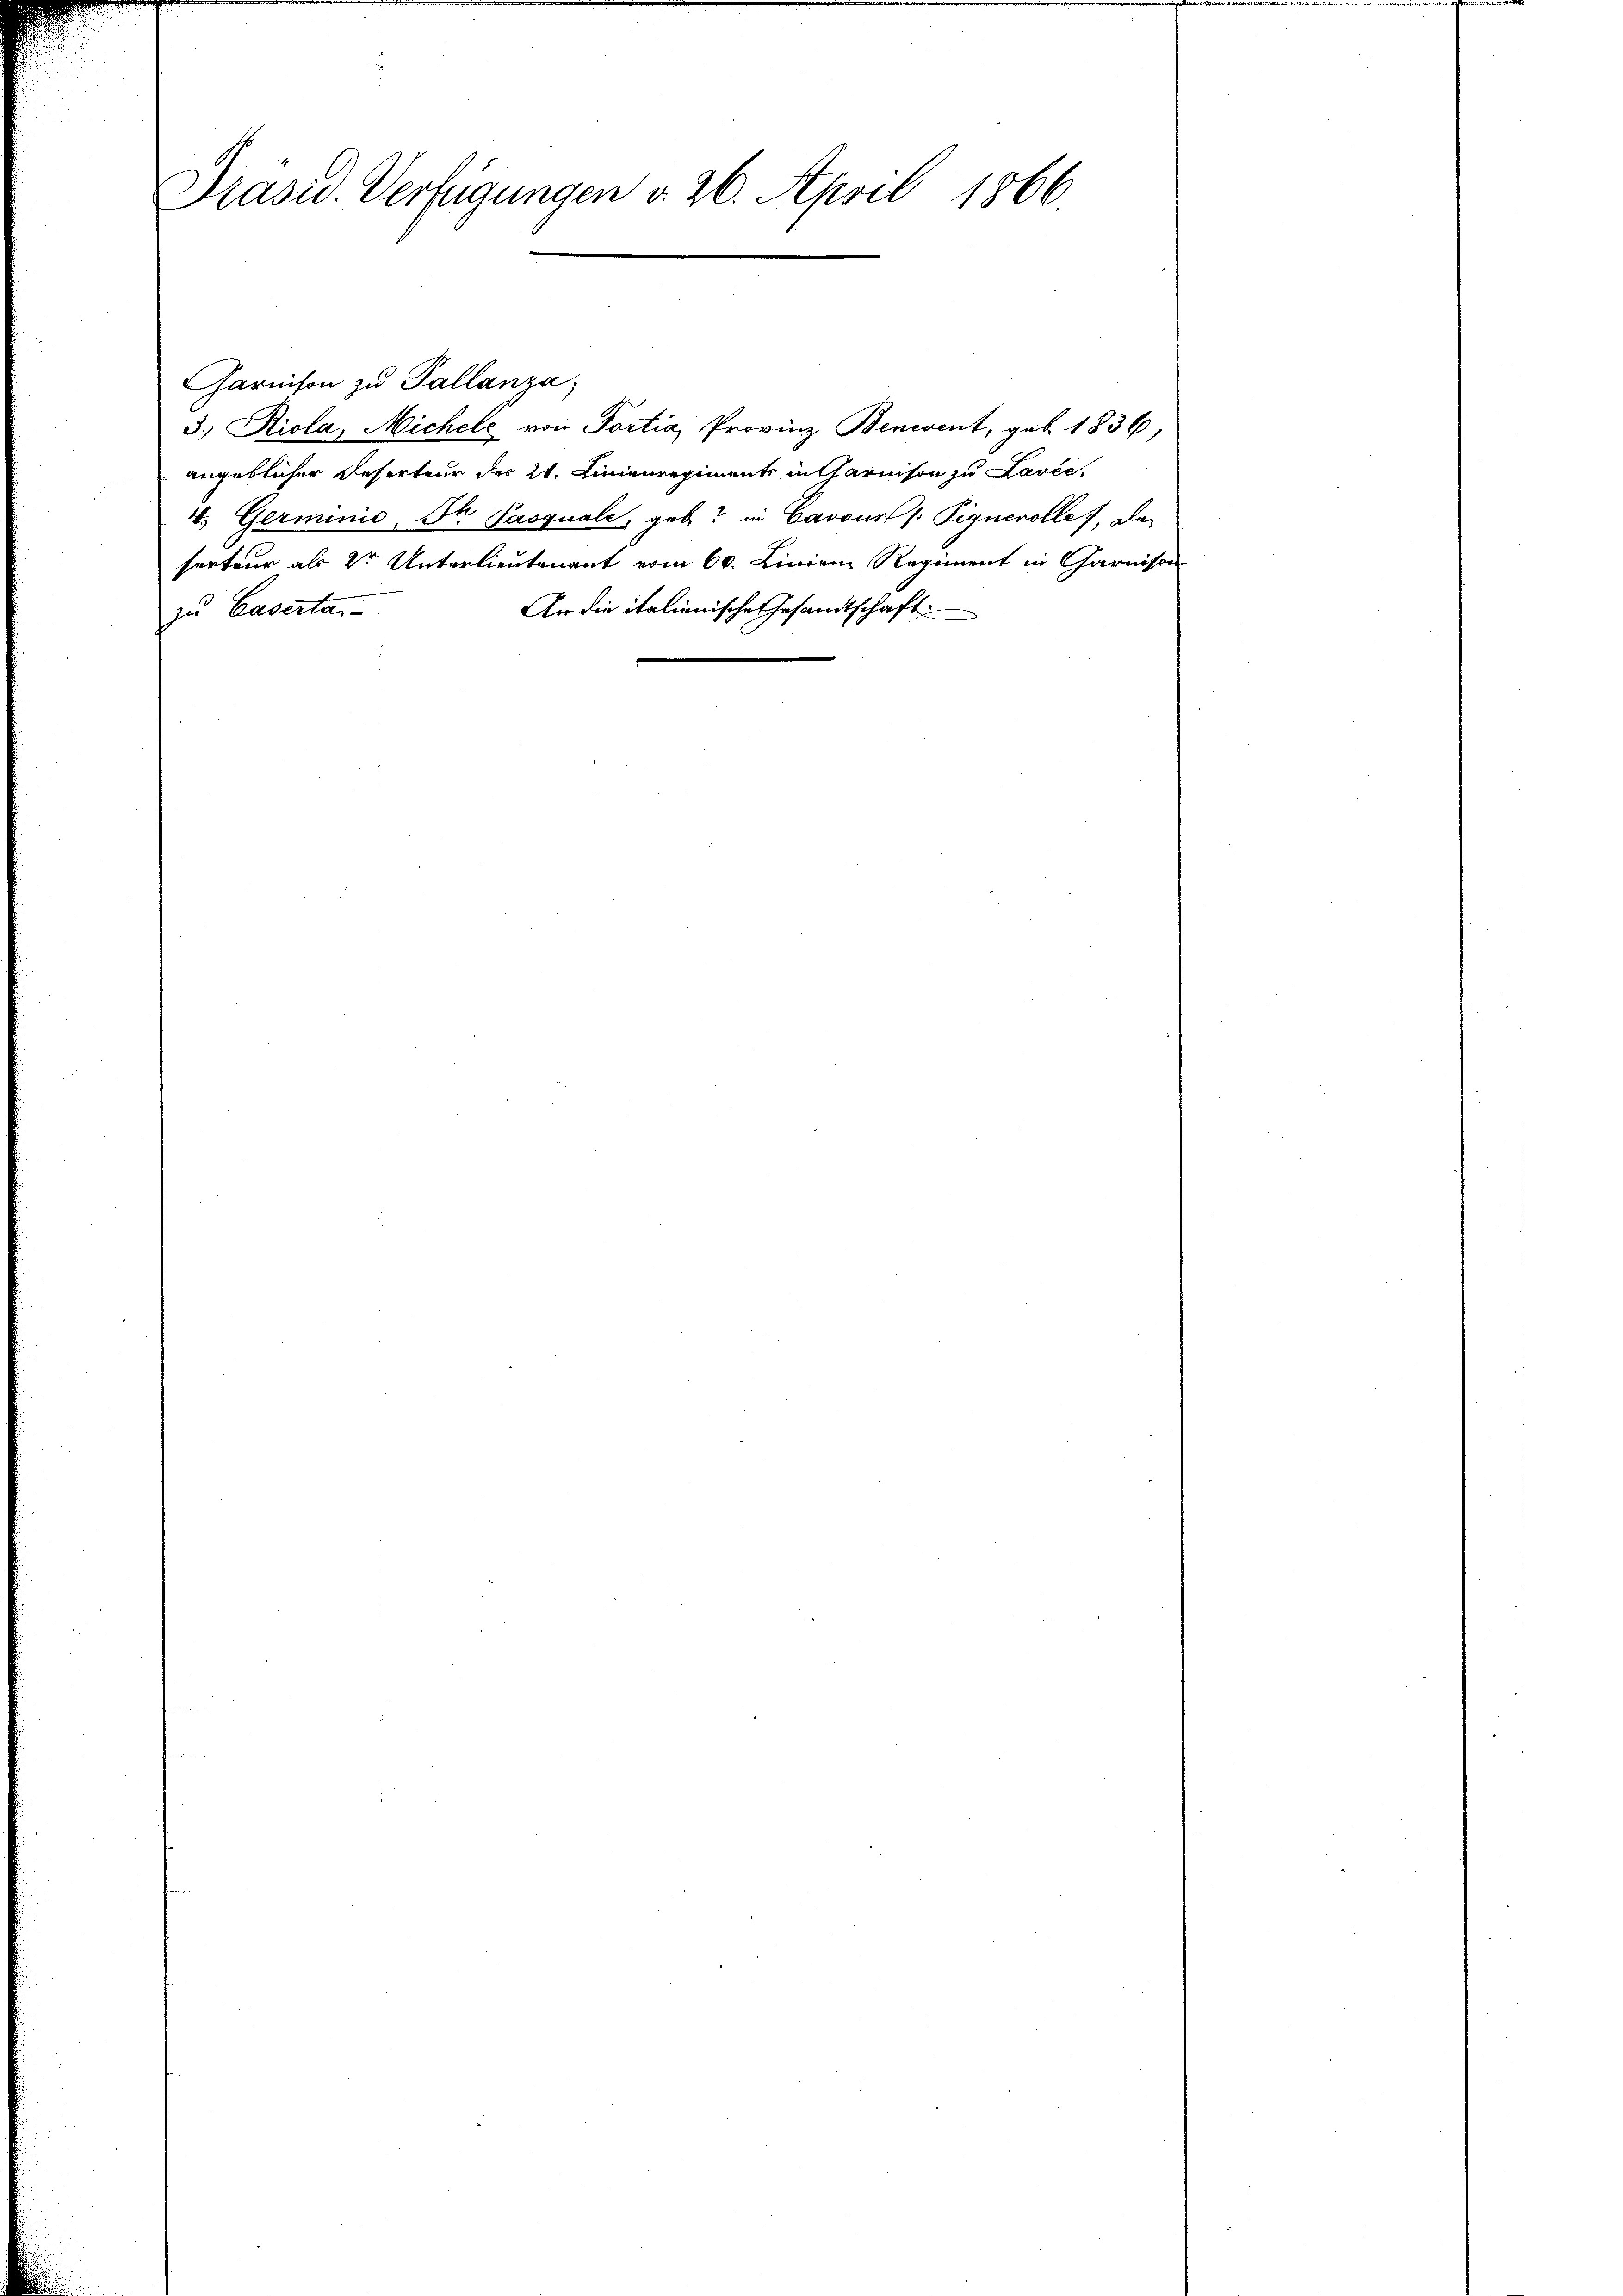
Präsid. Verfügungen v. 26. April 1866

Garnison zu Pallanza,
3. Riola, Michele von Portia, Provinz Benent, geb. 1836,
angeblicher Reserteur des 21. Linienregiments intharnison zu Lavée,
4. Germinis, St. Pasquale, gebe? in Cavours Pignerolle, das
serteur als Dr Unterlieutenant vom 60. Linien Regiment in Garnison
An die italienische Gesandtschaft
zu Caserta